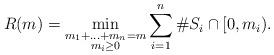
LaTeX: \begin{align*}R(m)=\min_{\substack{m_1+\ldots+m_n=m\\m_i\ge 0}} \sum_{i=1}^n\# S_i\cap[0,m_i).\end{align*}